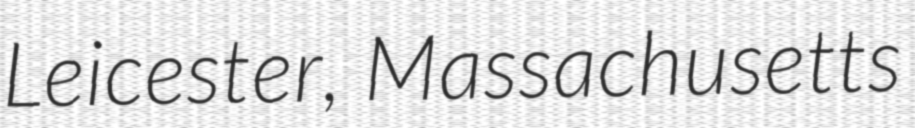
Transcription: Leicester, Massachusetts